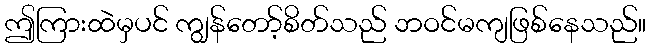
ဤကြားထဲမှပင် ကျွန်တော့်စိတ်သည် ဘဝင်မကျဖြစ်နေသည်။